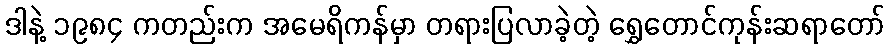
ဒါနဲ့ ၁၉၈၄ ကတည်းက အမေရိကန်မှာ တရားပြလာခဲ့တဲ့ ရွှေတောင်ကုန်းဆရာတော်